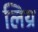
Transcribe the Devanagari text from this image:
लिय्र